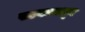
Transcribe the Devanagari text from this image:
खडकामधून